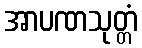
အာပဏသုတ္တံ